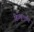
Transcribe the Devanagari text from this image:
हिज़्बुल्लाह